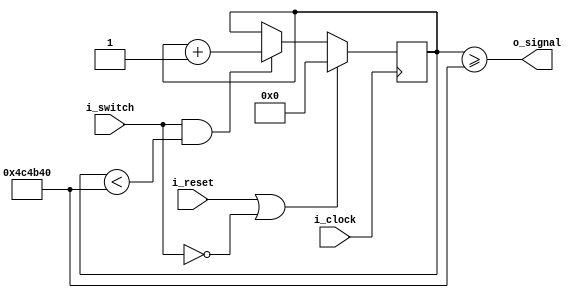

module switch_debounce
#(
    parameter DEBOUNCE_TIME_MS      = 50,
    parameter CLOCK_FREQ_HZ         = 100000000
)
(
    input wire                      i_switch        ,
    input wire                      i_clock         ,
    input wire                      i_reset         ,

    output wire                     o_signal
);

    // por ahora solo funciona en "modo pulldown"

    localparam NB_COUNT                 = 40;
    localparam N_DEBOUNCE_TIME_COUNT    = (CLOCK_FREQ_HZ/1000) * DEBOUNCE_TIME_MS;

    reg  [NB_COUNT - 1 : 0] debounce_count;
    wire [NB_COUNT - 1 : 0] next_debounce_count;

    always @(posedge i_clock) begin
        if(i_reset | ~i_switch) begin
            debounce_count <= {NB_COUNT{1'b0}};
        end
        else if(i_switch && debounce_count < N_DEBOUNCE_TIME_COUNT) begin
            debounce_count <= next_debounce_count;
        end
    end
    assign next_debounce_count = debounce_count + {{NB_COUNT-1{1'b0}}, 1'b1};

    // --------------------------------------------------
    // Output assignments
    // --------------------------------------------------
    assign o_signal     = debounce_count >= N_DEBOUNCE_TIME_COUNT;

endmodule